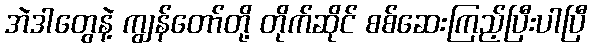
အဲဒါတွေနဲ့ ကျွန်တော်တို့ တိုက်ဆိုင် စစ်ဆေးကြည့်ပြီးပါပြီ